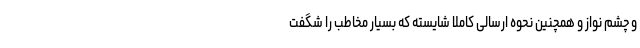
و چشم نواز و همچنین نحوه ارسالی کاملا شایسته که بسیار مخاطب را شگفت